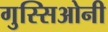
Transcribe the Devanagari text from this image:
गुस्सिओनी